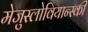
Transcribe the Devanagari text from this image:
मेजुस्लोवियान्स्की